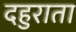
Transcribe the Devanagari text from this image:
दहुराता